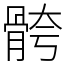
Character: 骻